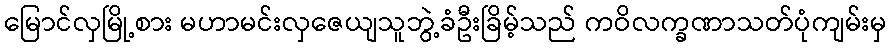
မြောင်လှမြို့စား မဟာမင်းလှဇေယျသူဘွဲ့ခံဦးခြိမ့်သည် ကဝိလက္ခဏာသတ်ပုံကျမ်းမှ